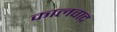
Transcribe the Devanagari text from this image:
कालवाद